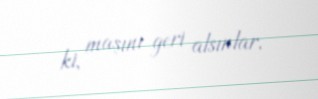
ki, maşını geri alsınlar.